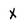
Character: X